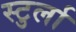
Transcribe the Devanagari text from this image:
स्टुर्ला